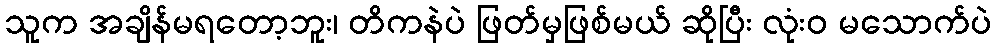
သူက အချိန်မရတော့ဘူး၊ တိကနဲပဲ ဖြတ်မှဖြစ်မယ် ဆိုပြီး လုံးဝ မသောက်ပဲ